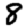
Digit: 8